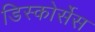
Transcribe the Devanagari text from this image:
डिस्कोर्सेस